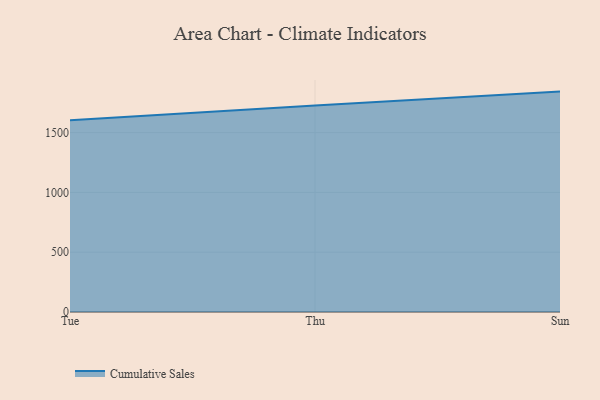
{"axis": {"x": "Day", "y": "Shipments"}, "legend": ["Cumulative Sales"], "data": [{"x": "Tue", "y": 1602.4, "type": "Cumulative Sales"}, {"x": "Thu", "y": 1726.8, "type": "Cumulative Sales"}, {"x": "Sun", "y": 1842.8, "type": "Cumulative Sales"}]}